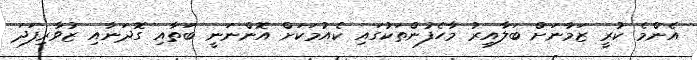
އެންމެ ކުރީ ޒަމާނަށް ބަލާއިރު މާހެފުންތަކުގައި ކެއުމަކަށް އޮންނަނީ ބަތާއި ގޮދަނާއި ޒުވާރިފަދަ